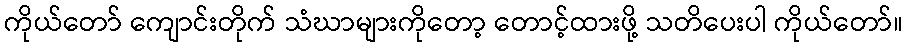
ကိုယ်တော် ကျောင်းတိုက် သံဃာများကိုတော့ တောင့်ထားဖို့ သတိပေးပါ ကိုယ်တော်။